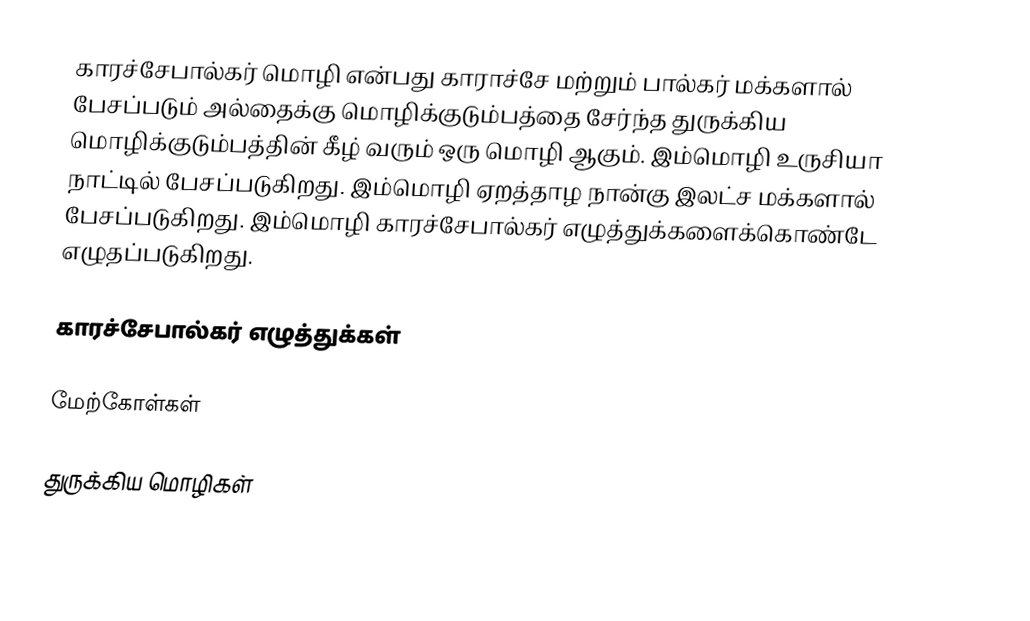
காரச்சேபால்கர் மொழி என்பது காராச்சே மற்றும் பால்கர் மக்களால் பேசப்படும் அல்தைக்கு மொழிக்குடும்பத்தை சேர்ந்த துருக்கிய மொழிக்குடும்பத்தின் கீழ் வரும் ஒரு மொழி ஆகும். இம்மொழி உருசியா நாட்டில் பேசப்படுகிறது. இம்மொழி ஏறத்தாழ நான்கு இலட்ச மக்களால் பேசப்படுகிறது. இம்மொழி காரச்சேபால்கர் எழுத்துக்களைக்கொண்டே எழுதப்படுகிறது.

காரச்சேபால்கர் எழுத்துக்கள்

மேற்கோள்கள்

துருக்கிய மொழிகள்